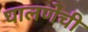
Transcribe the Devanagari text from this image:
घालणेची